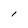
Character: l